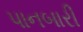
પાનબારી